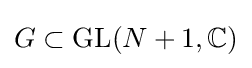
G\subset \operatorname {GL} (N+1,\mathbb {C} )